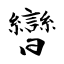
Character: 曫